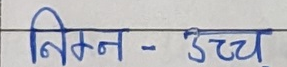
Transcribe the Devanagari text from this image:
निम्न - उच्च